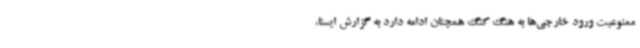
ممنوعیت ورود خارجی‌ها به هنگ کنگ همچنان ادامه دارد به گزارش ایسنا،